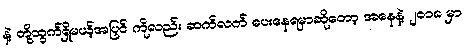
နဲ့ တို့ထွက်ရှိမယ့်အပြင် ကိုလည်း ဆက်လက် ပေးနေရမှာဆိုတော့ အနေနဲ့ ၂၀၁၈ မှာ